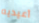
أعيديه